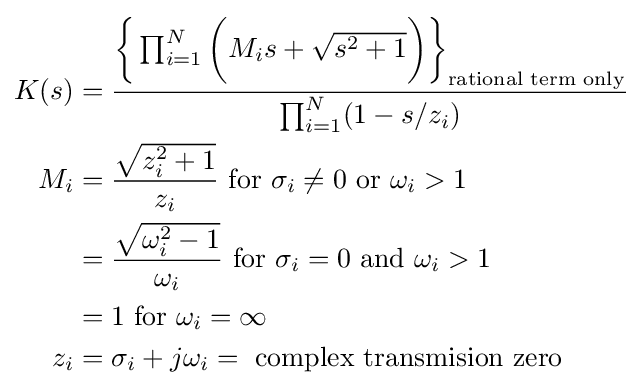
{\begin{aligned}K(s)&={\frac {{\bigg \{}\prod _{i=1}^{N}{\bigg (}M_{i}s+{\sqrt {s^{2}+1}}{\bigg )}{\bigg \}}_{\text{rational term only}}}{\prod _{i=1}^{N}(1-s/z_{i})}}\\M_{i}&={\frac {\sqrt {z_{i}^{2}+1}}{z_{i}}}{\text{ for }}\sigma _{i}\neq 0{\text{ or }}\omega _{i}>1\\&={\frac {\sqrt {\omega _{i}^{2}-1}}{\omega _{i}}}{\text{ for }}\sigma _{i}=0{\text{ and }}\omega _{i}>1\\&=1{\text{ for  }}\omega _{i}=\infty \\z_{i}&=\sigma _{i}+j\omega _{i}={\text{ complex transmision zero}}\\\end{aligned}}